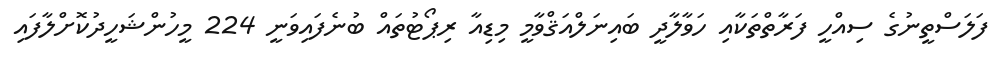
ފަލަސްތީނުގެ ސިއްހީ ފަރާތްތަކާއި ހަވާލާދީ ބައިނަލްއަޤްވާމީ މިޑިއާ ރިޕޯޓުތައް ބުނެފައިވަނީ 224 މީހުންޝަހީދުކޮށްލާފައި